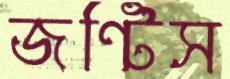
জন্টিস